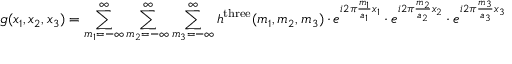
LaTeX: g ( x _ { 1 } , x _ { 2 } , x _ { 3 } ) = \sum _ { m _ { 1 } = - \infty } ^ { \infty } \sum _ { m _ { 2 } = - \infty } ^ { \infty } \sum _ { m _ { 3 } = - \infty } ^ { \infty } h ^ { \mathrm { t h r e e } } ( m _ { 1 } , m _ { 2 } , m _ { 3 } ) \cdot e ^ { i 2 \pi { \frac { m _ { 1 } } { a _ { 1 } } } x _ { 1 } } \cdot e ^ { i 2 \pi { \frac { m _ { 2 } } { a _ { 2 } } } x _ { 2 } } \cdot e ^ { i 2 \pi { \frac { m _ { 3 } } { a _ { 3 } } } x _ { 3 } }